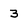
Character: 3